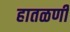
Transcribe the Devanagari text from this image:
हातळणी